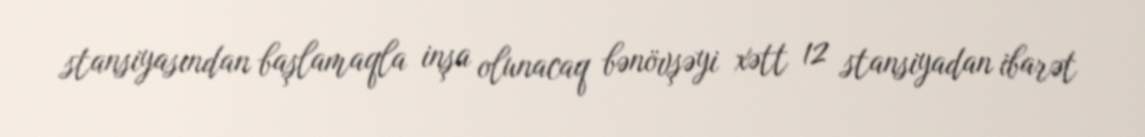
stansiyasından başlamaqla inşa olunacaq bənövşəyi xətt 12 stansiyadan ibarət